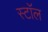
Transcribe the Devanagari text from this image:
स्टाॅल